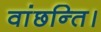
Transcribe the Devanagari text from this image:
वांछन्ति।